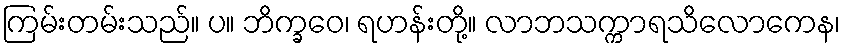
ကြမ်းတမ်းသည်။ ပ။ ဘိက္ခဝေ၊ ရဟန်းတို့။ လာဘသက္ကာရသိလောကေန၊